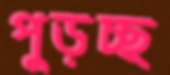
পুড়চ্ছ